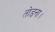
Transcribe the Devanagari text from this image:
तोड़ना।